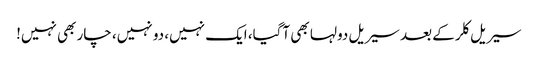
سیریل کلر کے بعد سیریل دولہا بھی آگیا، ایک نہیں، دو نہیں، چار بھی نہیں!